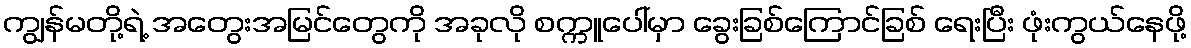
ကျွန်မတို့ရဲ့ အတွေးအမြင်တွေကို အခုလို စက္ကူပေါ်မှာ ခွေးခြစ်ကြောင်ခြစ် ရေးပြီး ဖုံးကွယ်နေဖို့